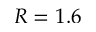
R = 1 . 6